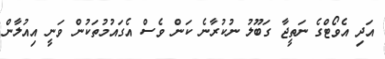
އަދި އެވޯޓްގެ ނަތީޖާ ގަބޫލު ނުކުރާނެ ކަން ވެސް އެގައުމުތަކުން ވަނީ އިއުލާން